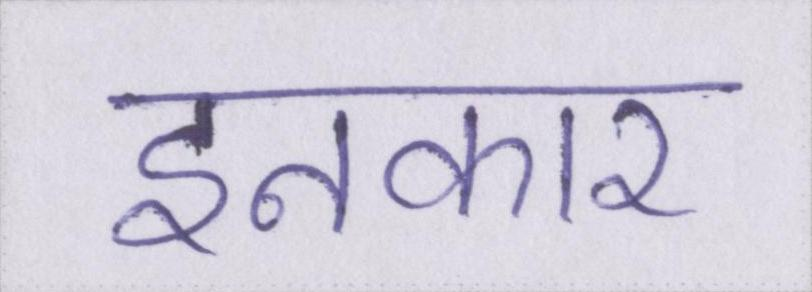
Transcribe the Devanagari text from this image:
इनकार